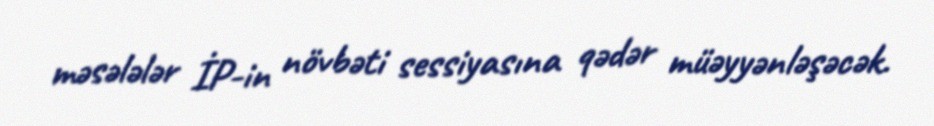
məsələlər İP-in növbəti sessiyasına qədər müəyyənləşəcək.